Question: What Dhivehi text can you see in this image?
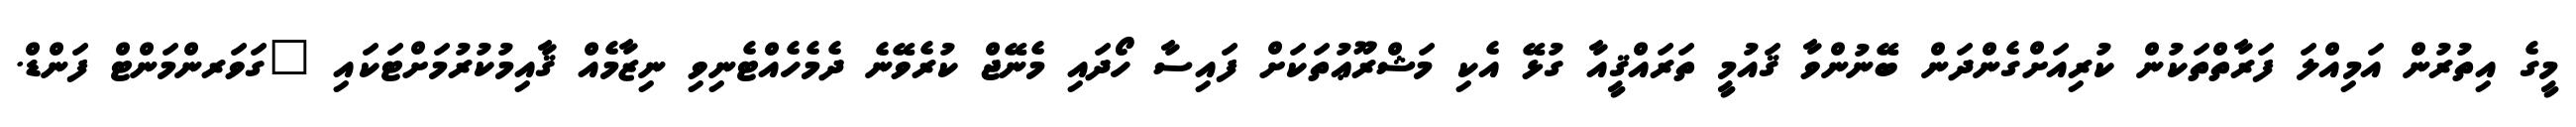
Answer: މީގެ އިތުރުން އަމިއްލަ ފަރާތްތަކުން ކުރިއަށްގެންދަން ބޭނުންވާ ޤައުމީ ތަރައްޤީއާ ގުޅޭ އެކި މަޝްރޫޢުތަކަށް ފައިސާ ހޯދައި މެނޭޖް ކުރެވޭނެ ދެމެހެއްޓެނިވި ނިޒާމެއް ޤާއިމުކުރުމަށްޓަކައި "ގަވަރންމަންޓް ފަންޑް.